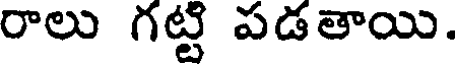
రాలు గట్టి పడతాయి.